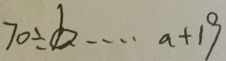
7 0 \div b \cdots a + 1 9